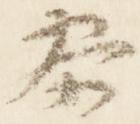
参